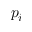
p _ { i }